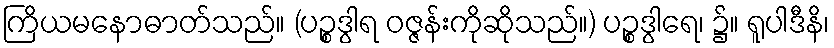
ကြိယမနောဓာတ်သည်။ (ပဉ္စဒွါရ ဝဇ္ဇန်းကိုဆိုသည်။) ပဉ္စဒွါရေ၊ ၌။ ရူပါဒီနိ၊